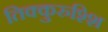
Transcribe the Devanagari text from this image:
तिक्कुरुश्शि